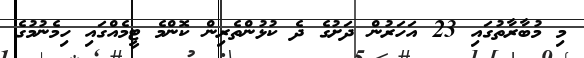
މި މުބާރާތުގައި 23 އަހަރުން ދަށުގެ ދެ ކުޅުންތެރިން ކޮންމެ ޓީމެއްގައި ހިމެނުމުގެ